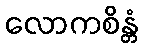
လောကစိန္တံ